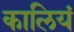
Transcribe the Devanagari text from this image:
कालियं